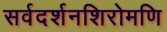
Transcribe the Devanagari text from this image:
सर्वदर्शनशिरोमणि